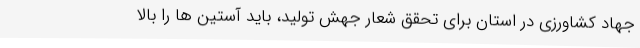
جهاد کشاورزی در استان برای تحقق شعار جهش تولید، باید آستین ها را بالا